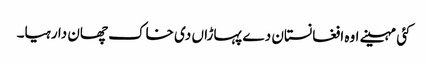
کئی مہینے اوہ افغانستان دے پہاڑاں دی خاک چھان دا رہیا۔